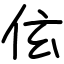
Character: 伭